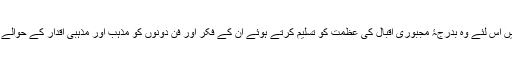
چونکہ وہ حالی، اکبر اوراقبال سے متاثر ہیں اس لئے وہ بدرجۂ مجبوری اقبال کی عظمت کو تسلیم کرتے ہوئے ان کے فکر اور فن دونوں کو مذہب اور مذہبی اقدار کے حوالے سے مطعون کرنے کی کوشش کرتے ہیں۔